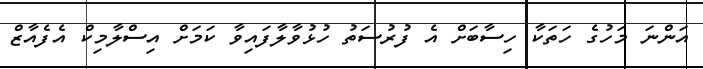
އަންނަ މަހުގެ ހަތަކާ ހިސާބަށް އެ ފުރުސަތު ހުޅުވާލާފައިވާ ކަމަށް އިސްލާމިކް އެފެއާޒް